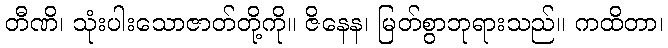
တီဏိ၊ သုံးပါးသောဇာတ်တို့ကို။ ဇိနေန၊ မြတ်စွာဘုရားသည်။ ကထိတာ၊